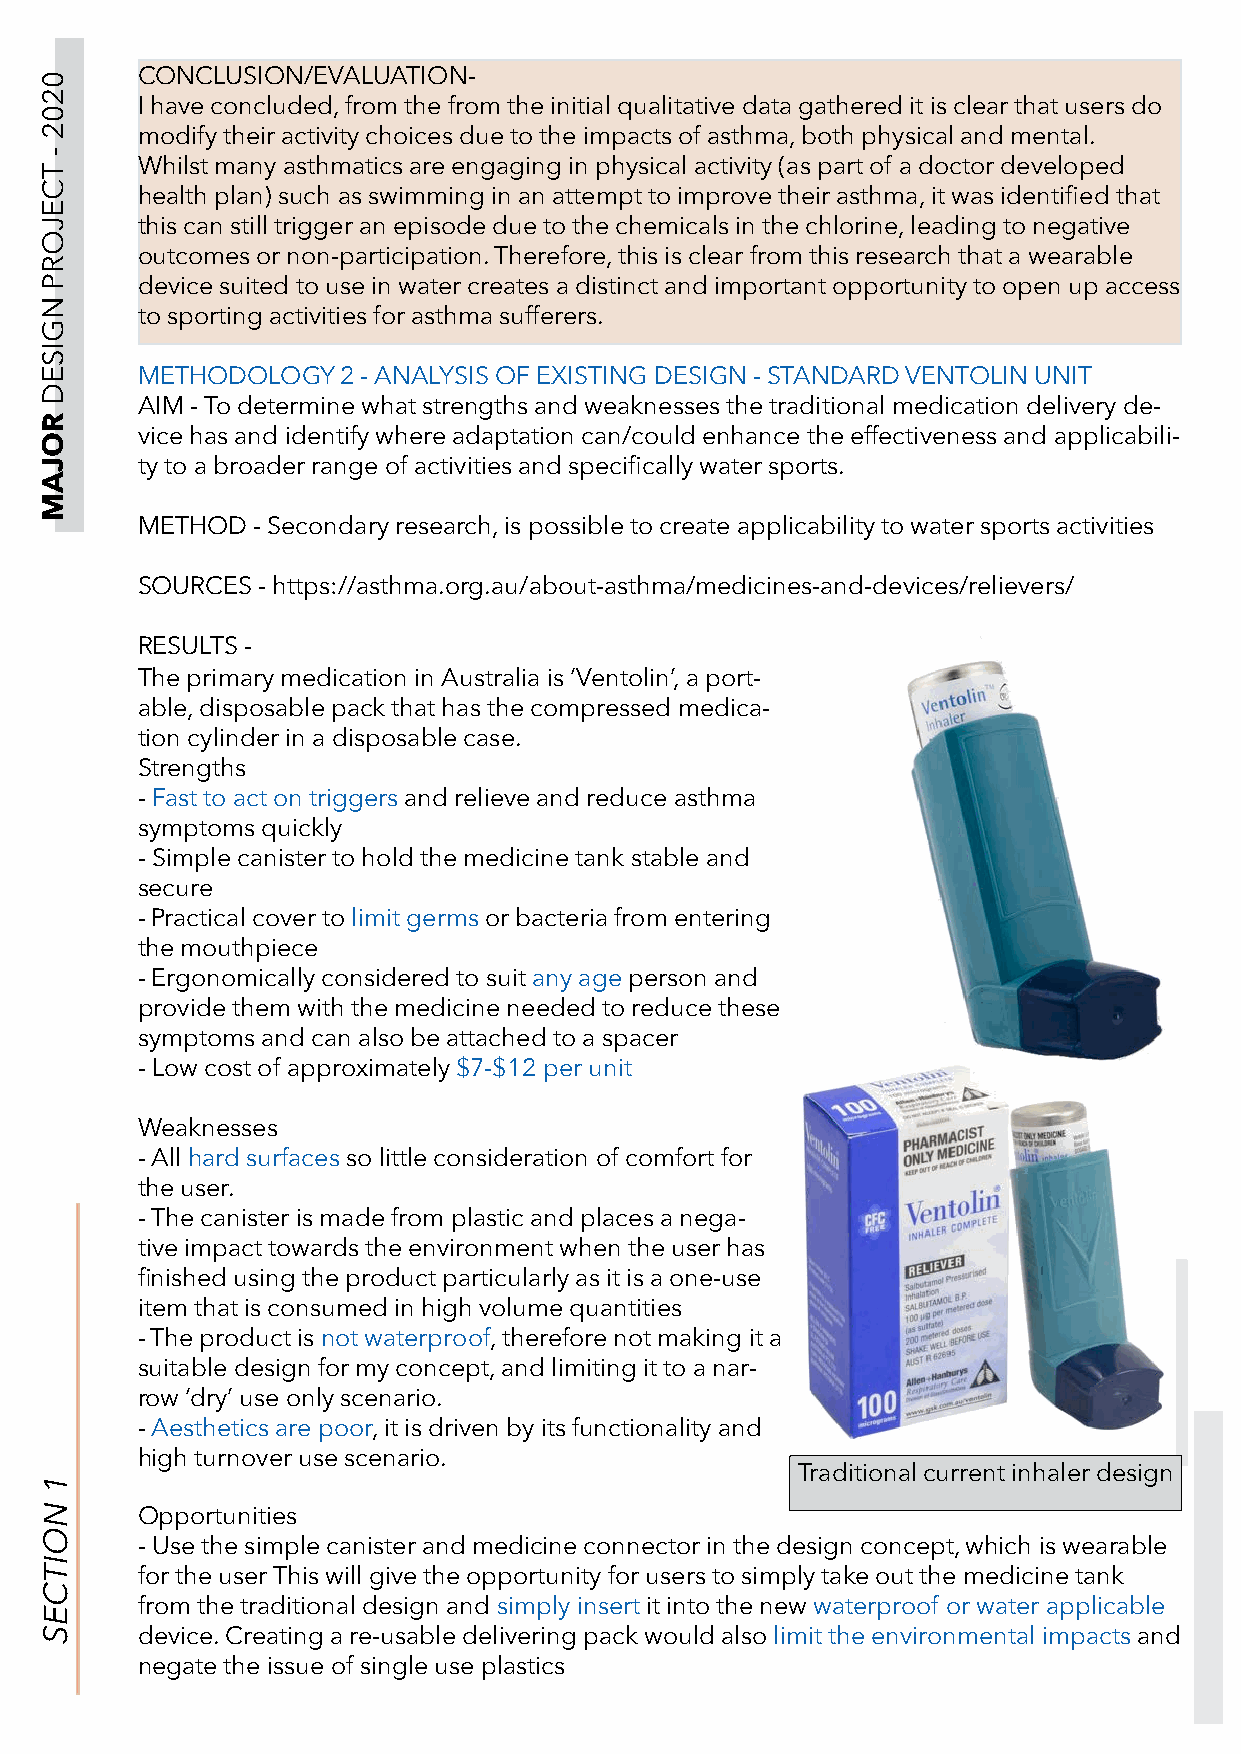
CONCLUSION/EVALUATION-
 I have concluded, from the from the initial qualitative data gathered it is clear that users do
 modify their activity choices due to the impacts of asthma, both physical and mental.
 Whilst many asthmatics are engaging in physical activity (as part of a doctor developed
 health plan) such as swimming in an attempt to improve their asthma, it was identified that
 this can still trigger an episode due to the chemicals in the chlorine, leading to negative
 outcomes or non-participation. Therefore, this is clear from this research that a wearable
 device suited to use in water creates a distinct and important opportunity to open up access
 to sporting activities for asthma sufferers.
 METHODOLOGY   2 - ANALYSIS OF EXISTING DESIGN - STANDARD VENTOLIN UNIT
 AIM - To determine what strengths and weaknesses the traditional medication delivery de-
 vice has and identify where adaptation can/could enhance the effectiveness and applicabili-
 ty to a broader range of activities and specifically water sports.
 METHOD  - Secondary research, is possible to create applicability to water sports activities
 SOURCES - https://asthma.org.au/about-asthma/medicines-and-devices/relievers/
 RESULTS -
 The primary medication in Australia is ‘Ventolin’, a port-
 able, disposable pack that has the compressed medica-
 tion cylinder in a disposable case.
 Strengths
 - Fast to act on triggers and relieve and reduce asthma
 symptoms quickly
 - Simple canister to hold the medicine tank stable and
 secure
 - Practical cover to limit germs or bacteria from entering
 the mouthpiece
 - Ergonomically considered to suit any age person and
 provide them with the medicine needed to reduce these
 symptoms and can also be attached to a spacer
 - Low cost of approximately $7-$12 per unit
 Weaknesses
 - All hard surfaces so little consideration of comfort for
 the user.
 - The canister is made from plastic and places a nega-
 tive impact towards the environment when the user has
 finished using the product particularly as it is a one-use
 item that is consumed in high volume quantities
 - The product is not waterproof, therefore not making it a
 suitable design for my concept, and limiting it to a nar-
 row ‘dry’ use only scenario.
 - Aesthetics are poor, it is driven by its functionality and
 high turnover use scenario.
 Traditional current inhaler design
 Opportunities
 - Use the simple canister and medicine connector in the design concept, which is wearable
 for the user This will give the opportunity for users to simply take out the medicine tank
 from the traditional design and simply insert it into the new waterproof or water applicable
 device. Creating a re-usable delivering pack would also limit the environmental impacts and
 negate the issue of single use plastics
 0202
 -
 TCEJORP
 NGISED
 ROJAM
 1
 NOITCES